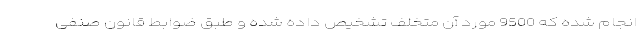
انجام شده که 9500 مورد آن متخلف تشخیص داده شده و طبق ضوابط قانون صنفی